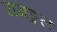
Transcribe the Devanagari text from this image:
रागङ्गल